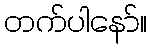
တက်ပါနော်။